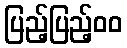
ပြည့်ပြည့်၀၀